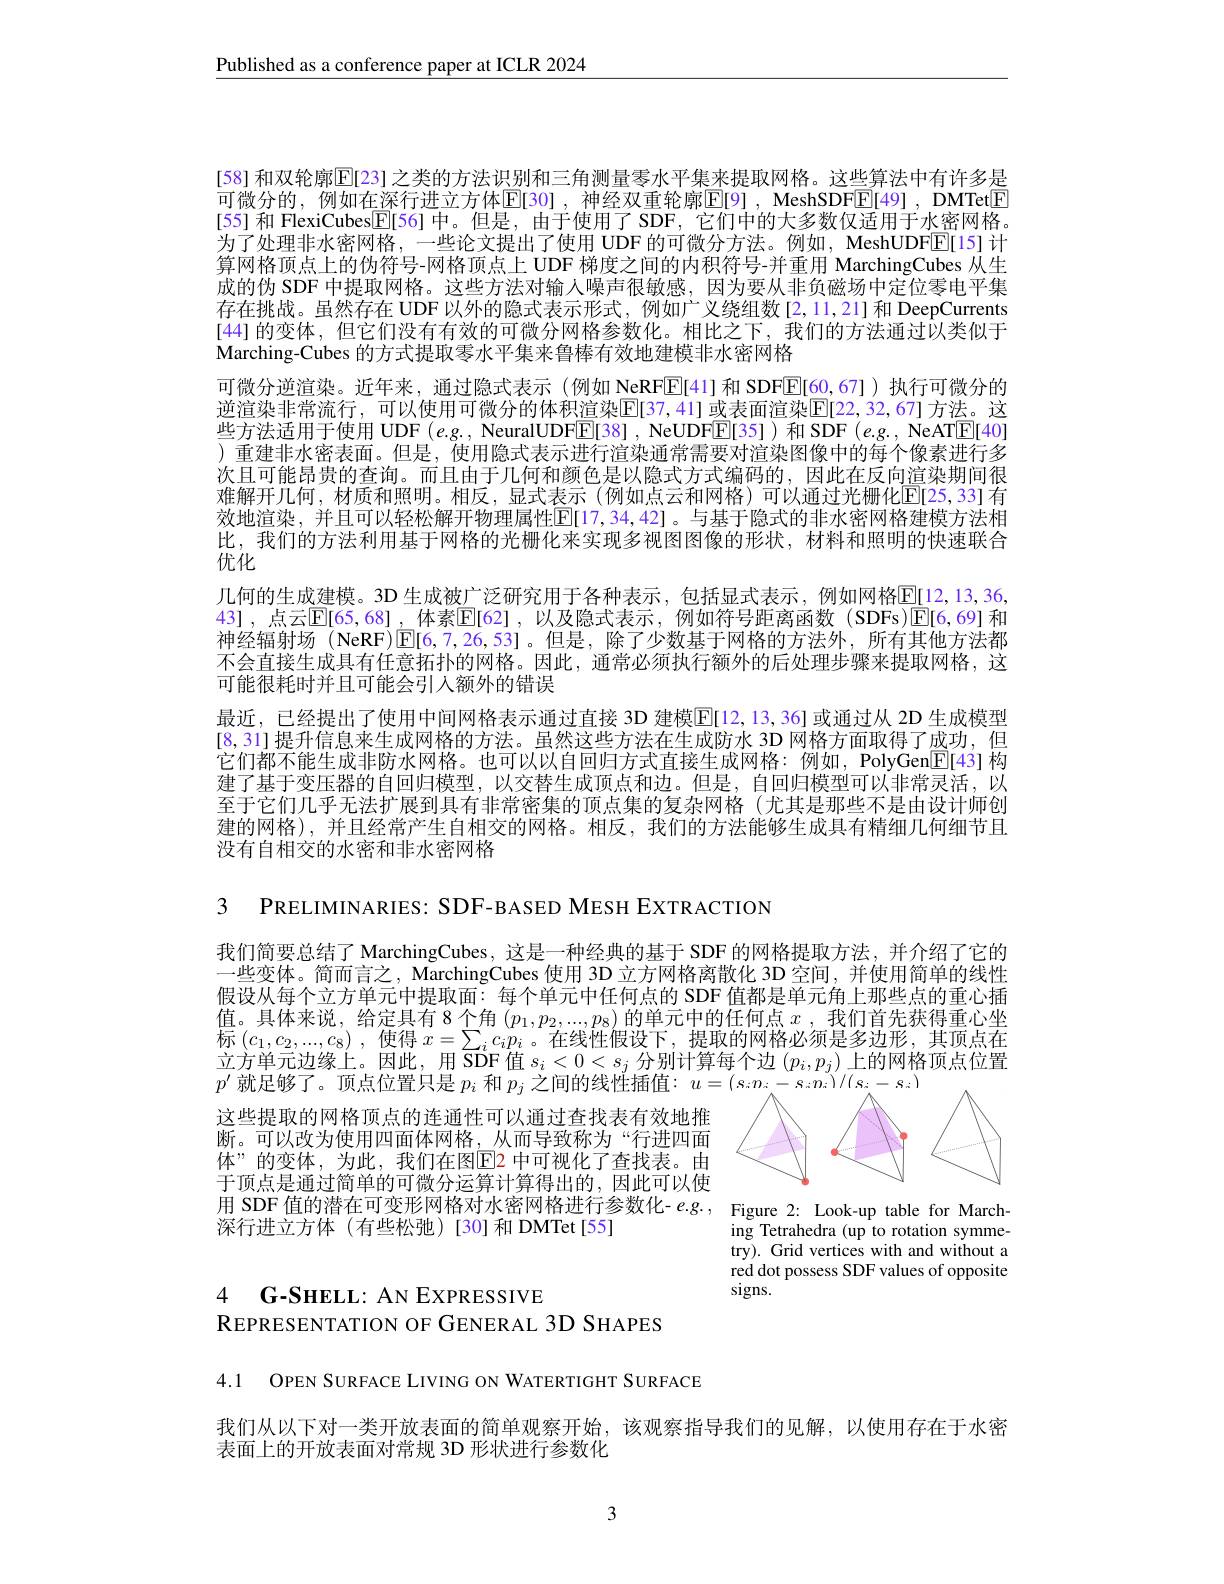
$\underline{\text{Published as a conference paper at ICLR 2024}}$

[58] 和双轮廓$\mathbb{E}$[23] 之类的方法识别和三角测量零水平集来提取网格。这些算法中有许多是可微分的，例如在深行进立方体$\operatorname{E[\text{30],神经双重轮廓}E[9],\text{MeshSDFE[49],DMTet}}$ [55] 和 FlexiCubes$\underline{\mathbb{E}}[56]$中。但是，由于使用了 SDF, 它们中的大多数仅适用于水密网格。为了处理非水密网格，一些论文提出了使用 UDF 的可微分方法。例如，MeshUDFE[15] 计算网格顶点上的伪符号-网格顶点上 UDF 梯度之间的内积符号-并重用 MarchingCubes 从生成的伪 SDF 中提取网格。这些方法对输人噪声很敏感，因为要从非负磁场中定位零电平集存在挑战。虽然存在 UDF 以外的隐式表示形式，例如广义绕组数[2,11,21]和 DeepCurrents [44] 的变体，但它们没有有效的可微分网格参数化。相比之下，我们的方法通过以类似于Marching-Cubes 的方式提取零水平集来鲁棒有效地建模非水密网格
可微分逆渲染。近年来，通过隐式表示 (例如 NeRFE[41] 和 SDF$\overline{\mathbb{E}}[60,67]$ )执行可微分的逆渲染非常流行，可以使用可微分的体积渲染$\overline{\mathrm{E}}[37,41]$ 或表面渲染$\underline{\mathrm{E}}[22,32,67]$ 方法。这些方法适用于使用 UDF $(e.g.$, NeuralUDFE[38], NeUDFE[35])和 SDF(e.g., NeAT$\boxed{\mathrm{E}}[40]$ )重建非水密表面。但是，使用隐式表示进行渲染通常需要对渲染图像中的每个像素进行多次且可能昂贵的查询。而且由于几何和颜色是以隐式方式编码的，因此在反向渲染期间很难解开几何，材质和照明。相反，显式表示(例如点云和网格)可以通过光栅化$\mathbb{E}[25,33]$ 有效地渲染，并且可以轻松解开物理属性$\mathbb{E}[17,34,42]$。与基于隐式的非水密网格建模方法相比，我们的方法利用基于网格的光栅化来实现多视图图像的形状，材料和照明的快速联合优化
几何的生成建模。3D 生成被广泛研究用于各种表示，包括显式表示 , 例如网格$\underline{\mathrm{E[12,13,36,}]}$ 43],点云$\overline{\mathbb{E}}[65,68]$ ,体素$\mathbb{E}[62]$ ,以及隐式表示 ,例如符号距离函数 (SDFs)$\mathbb{E}[6,69]$ 和神经辐射场 (NeRF)$\boxed{\mathrm{E}}[6,7,26,53]$。但是，除了少数基于网格的方法外，所有其他方法都不会直接生成具有任意拓扑的网格。因此，通常必须执行额外的后处理步骤来提取网格，这可能很耗时并且可能会引入额外的错误
最近，已经提出了使用中间网格表示通过直接 3D 建模$\overline{\mathbb{E}}[12,13,36]$ 或通过从 2D 生成模型[8,31] 提升信息来生成网格的方法。虽然这些方法在生成防水 3D 网格方面取得了成功，但它们都不能生成非防水网格。也可以以自回归方式直接生成网格：例如，PolyGen$\boxed{\mathrm{E}}$[43] 构建了基于变压器的自回归模型，以交替生成顶点和边。但是，自回归模型可以非常灵活，以至于它们几乎无法扩展到具有非常密集的顶点集的复杂网格(尤其是那些不是由设计师创建的网格),并且经常产生自相交的网格。相反，我们的方法能够生成具有精细几何细节且没有自相交的水密和非水密网格

3 PRELIMINARIES: SDF-BASED MESH EXTRACTION

我们简要总结了 MarchingCubes, 这是一种经典的基于 SDF 的网格提取方法，并介绍了它的一些变体。简而言之，MarchingCubes 使用 3D 立方网格离散化 3D 空间，并使用简单的线性假设从每个立方单元中提取面：每个单元中任何点的 SDF 值都是单元角上那些点的重心插值 。具 体 来 说 , 给 定 具 有 8个 角 $( p_1, p_2, . . . , p_8)$ 的 单 元 中 的 任 何 点 $x$ , 我 们 首 先 获 得 重 心 坐 直 。具 体 来 说 , 给 定 具 有 8 个 角 $( p_1, p_2, . . . , p_8)$ 的 单 元 中 的 任 何 点 $x$ , 我 们 首 先 获 得 重 心 坐标 $( c_{1}, c_{2}, . . . , c_{8})$ , 使 得 $x= \sum _{i}c_{i}p_{i}$ 。在 线 性 假 设 下 , 提 取 的 网 格 必 须 是 多 边 形 , 其 顶 点 在 立 方 单 元 边 缘 上 。因 此 , 用 SDF值 $s_{i}< 0< s_{j}$ 分 别 计 算 每 个 边 $( p_{i}, p_{j})$上 的 网 格 顶 点 位 置$p^{\prime}$就足够了。顶点位置只是$p_i$和$p_j$之间的线性插值：
<FigureHere>

这些提取的网格顶点的连通性可以通过查找表有效地推断。可以改为使用四面体网格，从而导致称为“行进四面体”的变体，为此，我们在图$\overline{\mathrm{E}}$2 中可视化了查找表。由于顶点是通过简单的可微分运算计算得出的，因此可以使月 顶 点 足 通 过 间 车 时 可 以 刀 包 异 计 算 付 出 时 , 因 此 可 以 仅 用 SDF值 的 潜 在 可 变 形 网 格 对 水 密 网 格 进 行 参 数 化 - e. g. , Figure 2: Look- up table for March- 深 行 进 立 方 休 ( 有 此 松 驰 ) 「 301 和 DMTet「 551
深行进立方体(有些松弛)[30]和 DMTet[55]

ing Tetrahedra (up to rotation symmetry). Grid vertices with and without a red dot possess SDF values of opposite $\operatorname{signs.}$

# 4 $\textbf{G- SHELL: AN EXPRESSIVE}$ REPRESENTATION OF GENERAL 3D SHAPES

4.1 OPEN SURFACE LIVING ON WATERTIGHT SURFACE

我们从以下对一类开放表面的简单观察开始，该观察指导我们的见解，以使用存在于水密
表面上的开放表面对常规 3D 形状进行参数化

3